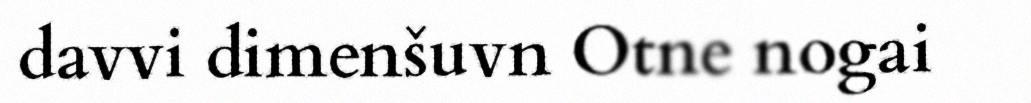
davvi dimenšuvn Otne nogai